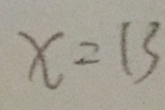
x = 1 3